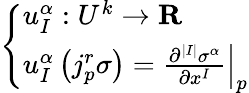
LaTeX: \left\{ \begin{array}{ll}{u_{I}^{\alpha}:U^{k}\to\mathbf{R}}\\ {u_{I}^{\alpha}\left(j_{p}^{r}\sigma\right)=\left.{\frac{\partial^{|I|}\sigma^{\alpha}}{\partial x^{I}}}\right|_{p}}\end{array}\right.